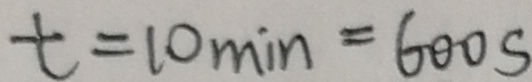
t = 1 0 \min = 6 0 0 s